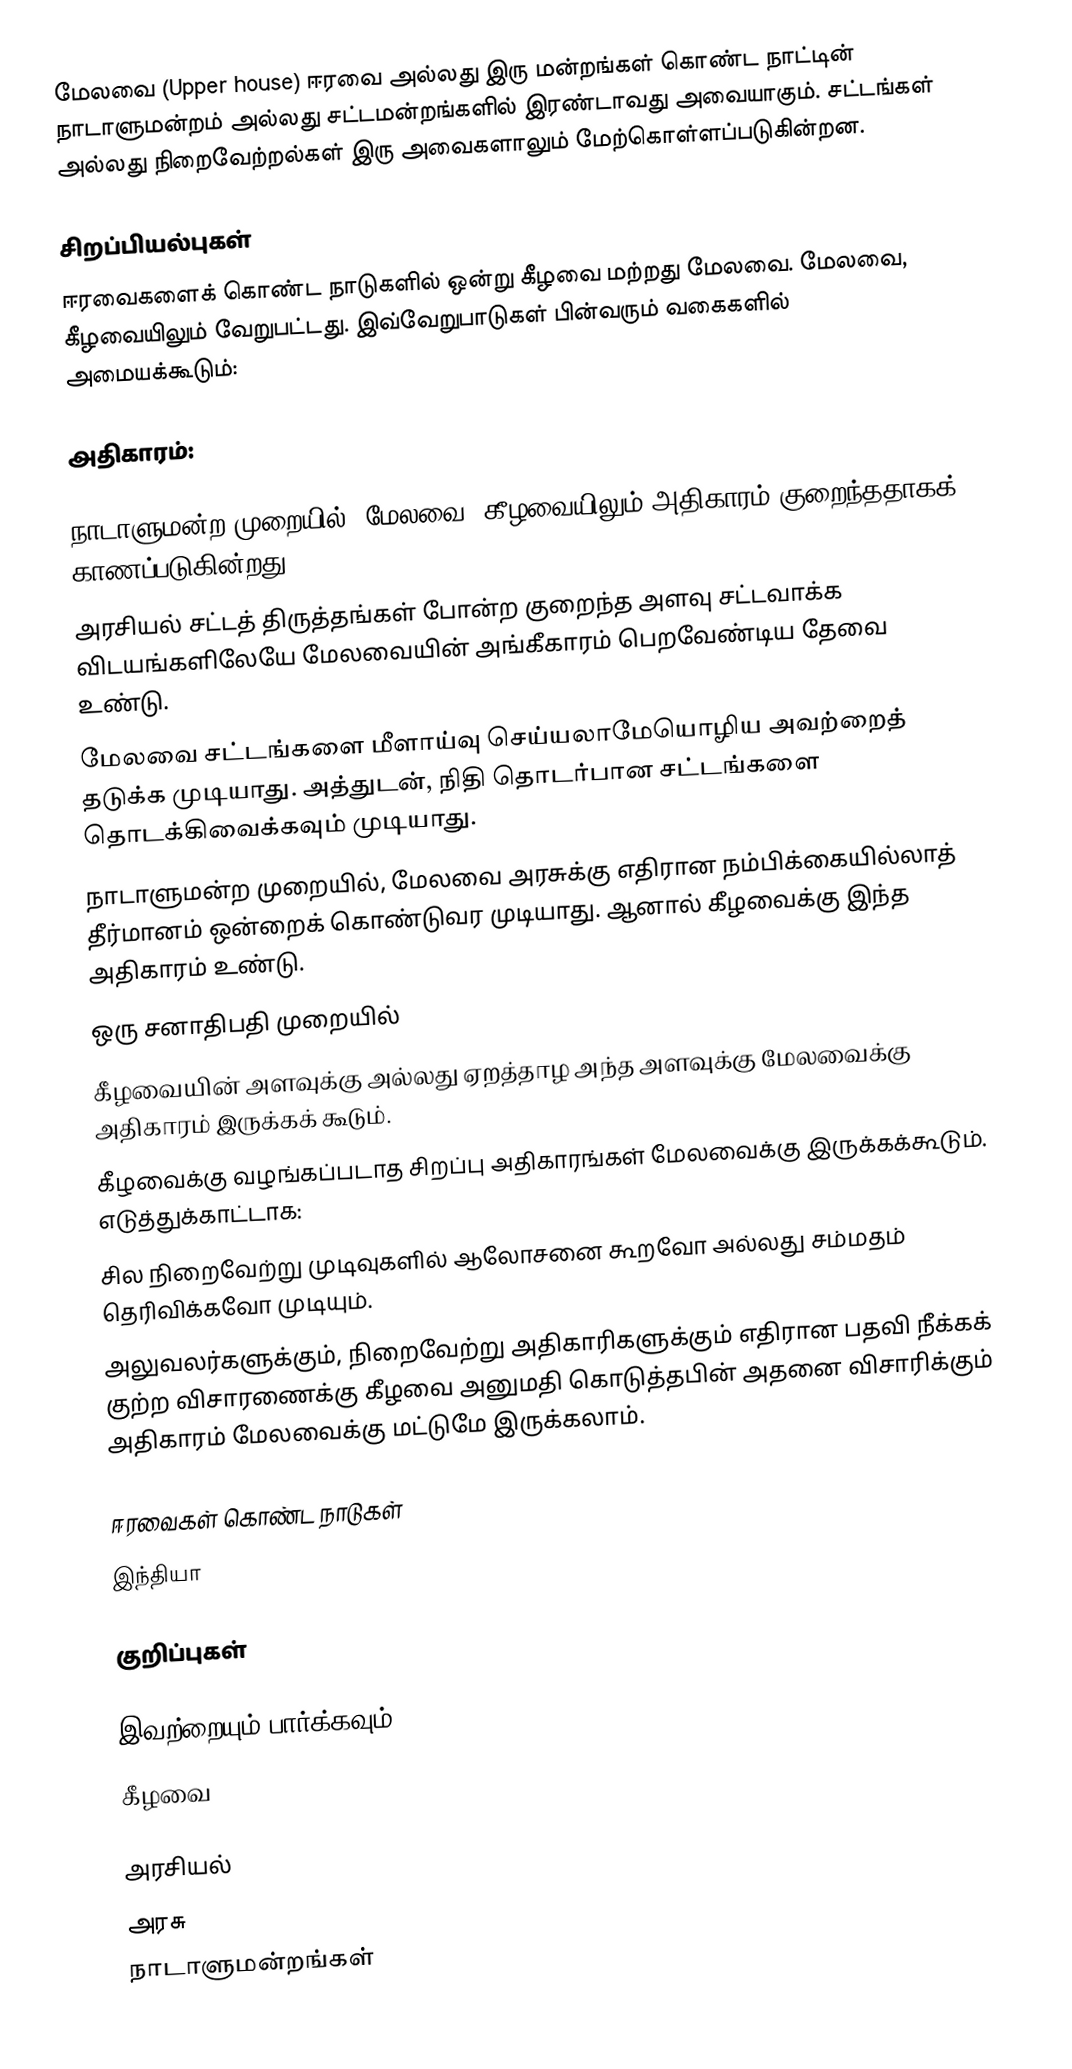
மேலவை (Upper house) ஈரவை அல்லது இரு மன்றங்கள் கொண்ட நாட்டின் நாடாளுமன்றம் அல்லது சட்டமன்றங்களில் இரண்டாவது அவையாகும். சட்டங்கள் அல்லது நிறைவேற்றல்கள் இரு அவைகளாலும் மேற்கொள்ளப்படுகின்றன.

சிறப்பியல்புகள்
ஈரவைகளைக் கொண்ட நாடுகளில் ஒன்று கீழவை மற்றது மேலவை. மேலவை, கீழவையிலும் வேறுபட்டது. இவ்வேறுபாடுகள் பின்வரும் வகைகளில் அமையக்கூடும்:

அதிகாரம்:

 நாடாளுமன்ற முறையில், மேலவை, கீழவையிலும் அதிகாரம் குறைந்ததாகக் காணப்படுகின்றது.
 அரசியல் சட்டத் திருத்தங்கள் போன்ற குறைந்த அளவு சட்டவாக்க விடயங்களிலேயே மேலவையின் அங்கீகாரம் பெறவேண்டிய தேவை உண்டு.
 மேலவை சட்டங்களை மீளாய்வு செய்யலாமேயொழிய அவற்றைத் தடுக்க முடியாது. அத்துடன், நிதி தொடர்பான சட்டங்களை தொடக்கிவைக்கவும் முடியாது.
 நாடாளுமன்ற முறையில், மேலவை அரசுக்கு எதிரான நம்பிக்கையில்லாத் தீர்மானம் ஒன்றைக் கொண்டுவர முடியாது. ஆனால் கீழவைக்கு இந்த அதிகாரம் உண்டு.
 ஒரு சனாதிபதி முறையில்
 கீழவையின் அளவுக்கு அல்லது ஏறத்தாழ அந்த அளவுக்கு மேலவைக்கு அதிகாரம் இருக்கக் கூடும்.
 கீழவைக்கு வழங்கப்படாத சிறப்பு அதிகாரங்கள் மேலவைக்கு இருக்கக்கூடும். எடுத்துக்காட்டாக:
 சில நிறைவேற்று முடிவுகளில் ஆலோசனை கூறவோ அல்லது சம்மதம் தெரிவிக்கவோ முடியும்.
 அலுவலர்களுக்கும், நிறைவேற்று அதிகாரிகளுக்கும் எதிரான பதவி நீக்கக் குற்ற விசாரணைக்கு கீழவை அனுமதி கொடுத்தபின் அதனை விசாரிக்கும் அதிகாரம் மேலவைக்கு மட்டுமே இருக்கலாம்.

ஈரவைகள் கொண்ட நாடுகள்
 இந்தியா

குறிப்புகள்

இவற்றையும் பார்க்கவும்
 கீழவை

அரசியல்
அரசு
நாடாளுமன்றங்கள்